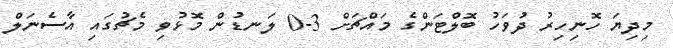
މިދިޔަ ހޮނިހިރު ދުވަހު ބޮލްޓަންގެ މައްޗަށް 3-0 ލަނޑުން މޮޅުވި މެޗުގައި އާސެނަލް